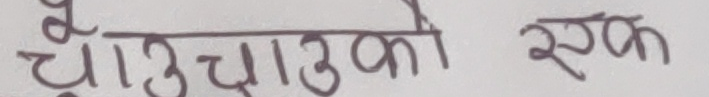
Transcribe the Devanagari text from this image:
चाउचाउको एक